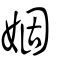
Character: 婟